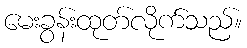
မေးခွန်းထုတ်လိုက်သည်။